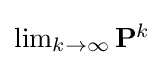
{\textstyle \lim _{k\to \infty }\mathbf {P} ^{k}}